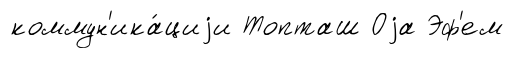
коммун'ика́циjи Топташ Оjа Эф'ем